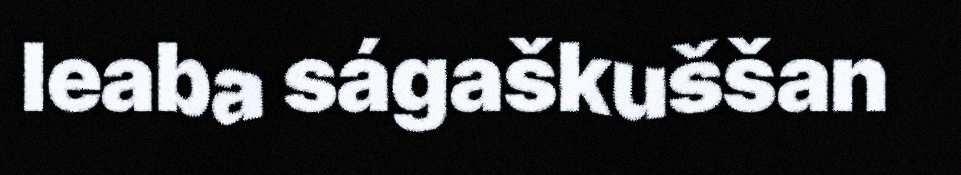
leaba ságaškuššan